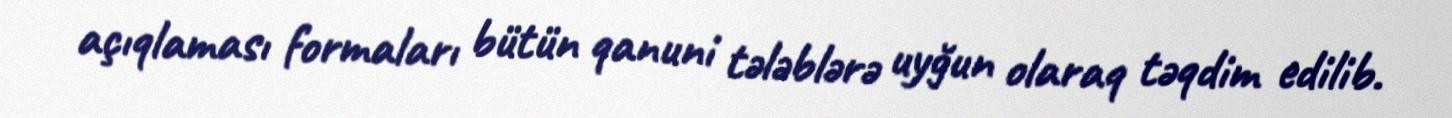
açıqlaması formaları bütün qanuni tələblərə uyğun olaraq təqdim edilib.